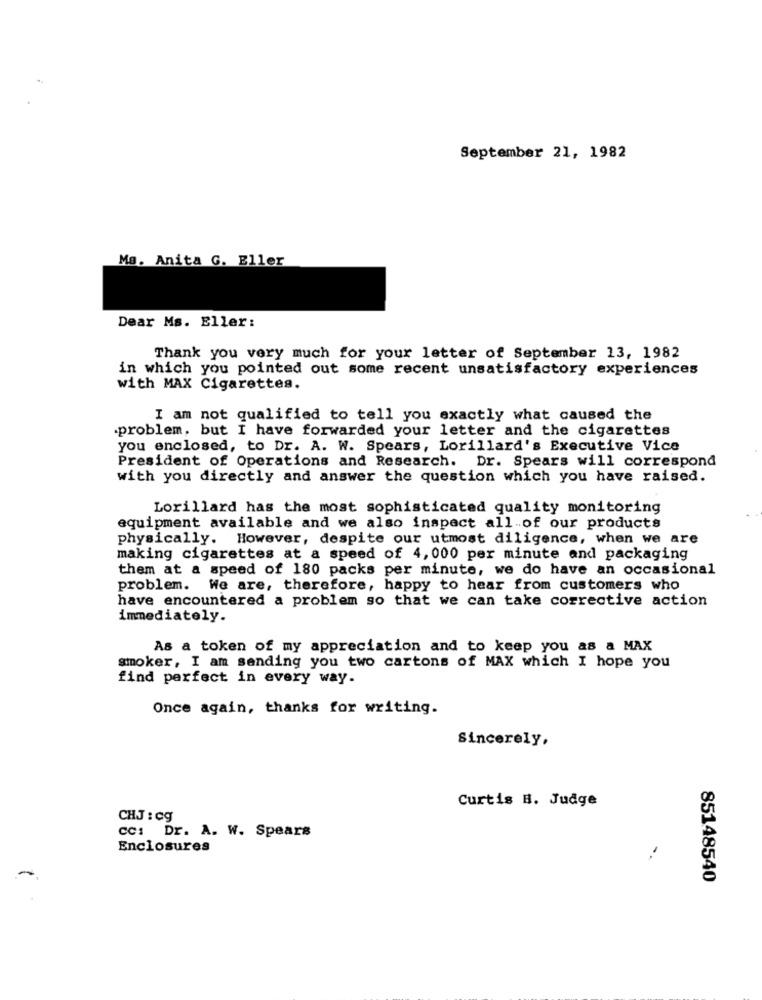
September 21, 1982
Ma. Anita G. Eller
Dear Ms. Eller:
Thank you very much for your letter of September 13, 1982
in which you pointed out some recent unsatisfactory experiences
with MAX Cigarettes.
I am not qualified to tell you exactly what caused the
problem, but I have forwarded your letter and the cigarettes
you enclosed, to Dr. A. W. Spears, Lorillard's Executive Vice
President of Operations and Research. Dr. Spears will correspond
with you directly and answer the question which you have raised.
Lorillard has the most sophisticated quality monitoring
equipment available and we also inspect all of our products
physically. However, despite our utmost diligence, when we are
making cigarettes at a speed of 4,000 per minute and packaging
them at a speed of 180 packs per minute, we do have an occasional
problem. We are, therefore, happy to hear from customers who
have encountered a problem so that we can take corrective action
immediately.
As a token of my appreciation and to keep you as a MAX
smoker, I am sending you two cartons of MAX which I hope you
find perfect in every way.
Once again, thanks for writing.
Sincerely,
Curtis B. Judge
CHJ : cg
CC: Dr. A. W. Spears
Enclosures
85148540